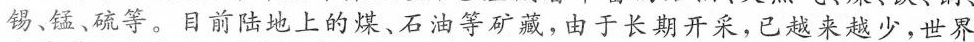
锡、锰、硫等。目前陆地上的煤、石油等矿藏，由于长期开采，已越来越少，世界